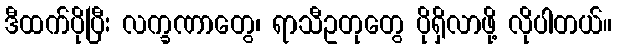
ဒီထက်ပိုပြီး လက္ခဏာတွေ၊ ရာသီဥတုတွေ ပိုရှိလာဖို့ လိုပါတယ်။